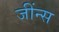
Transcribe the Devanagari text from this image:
जींन्स